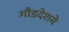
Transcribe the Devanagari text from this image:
गौडदेशमे